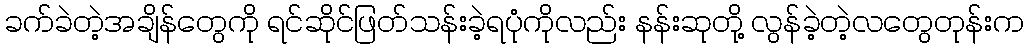
ခက်ခဲတဲ့အချိန်တွေကို ရင်ဆိုင်ဖြတ်သန်းခဲ့ရပုံကိုလည်း နန်းဆုတို့ လွန်ခဲ့တဲ့လတွေတုန်းက